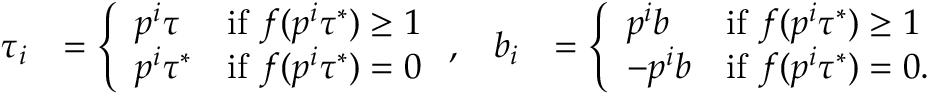
\begin{array} { r l r l } { \tau _ { i } } & { = \left\{ \begin{array} { l l } { p ^ { i } \tau } & { \mathrm { i f ~ } f ( p ^ { i } \tau ^ { * } ) \geq 1 } \\ { p ^ { i } \tau ^ { * } } & { \mathrm { i f ~ } f ( p ^ { i } \tau ^ { * } ) = 0 } \end{array} \right. , } & { b _ { i } } & { = \left\{ \begin{array} { l l } { p ^ { i } b } & { \mathrm { i f ~ } f ( p ^ { i } \tau ^ { * } ) \geq 1 } \\ { - p ^ { i } b } & { \mathrm { i f ~ } f ( p ^ { i } \tau ^ { * } ) = 0 . } \end{array} \right. } \end{array}